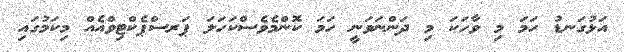
އަޅުގަނޑު ހަމަ މި ވާހަކަ މި ދަންނަވަނީ ހަމަ ކޮންމެވެސްކަހަލަ ޕަރސްޕެކްޓިވްއެއް މިކަމުގައި